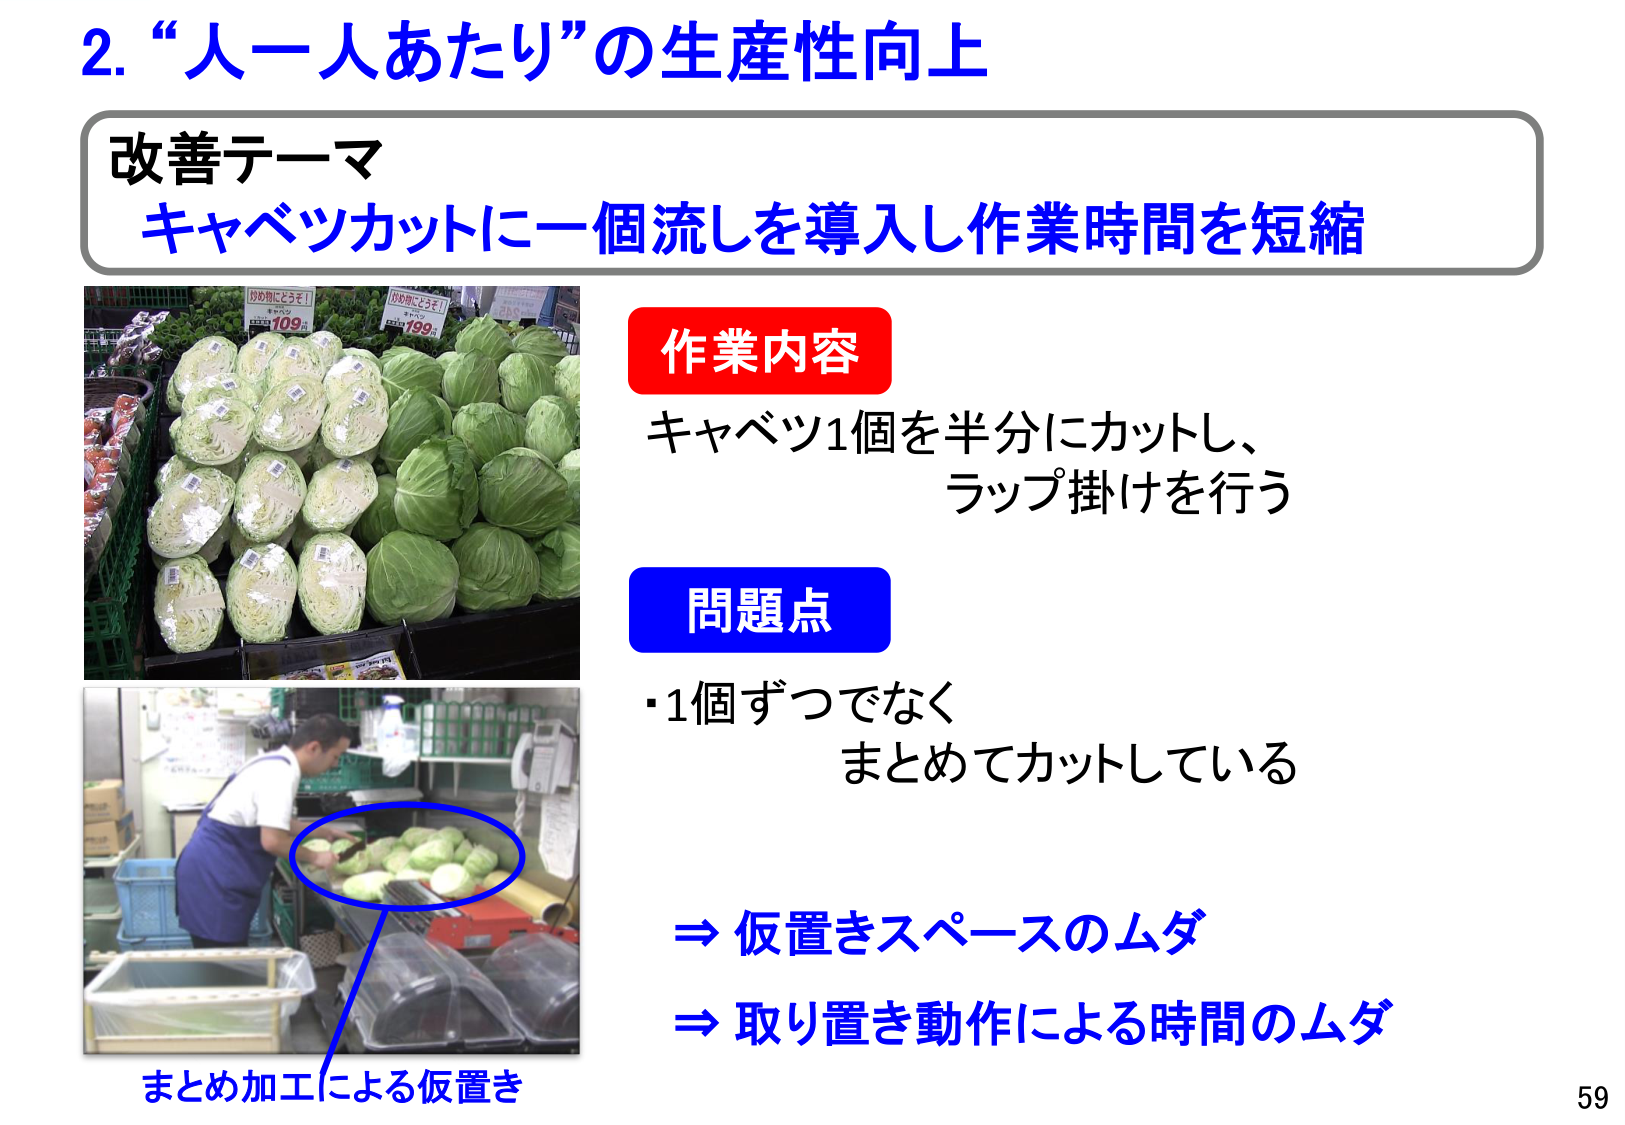
2. “人一人あたり”の生産性向上

改善テーマ
キャベツカットに一個流しを導入し作業時間を短縮

作業内容
キャベツ1個を半分にカットし、
ラップ掛けを行う

問題点
・1個ずつでなく
まとめてカットしている

⇒ 仮置きスペースのムダ
⇒ 取り置き動作による時間のムダ

まとめ加工による仮置き

59

（画像内の価格表示）
炒め物にどうぞ！
キャベツ
109円
炒め物にどうぞ！
キャベツ
199円